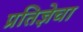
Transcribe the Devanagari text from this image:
प्रतिज्ञेचा